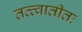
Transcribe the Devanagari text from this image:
तत्त्वातीतः